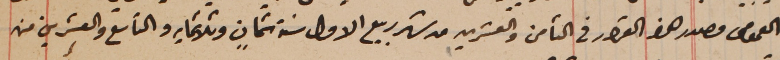
العمومى مصدر هذا القرار فى الثامن والعشرين من شهر ربيع الاول سنة ثمانٍ وثلاثمايه والتاسع والعشرين من